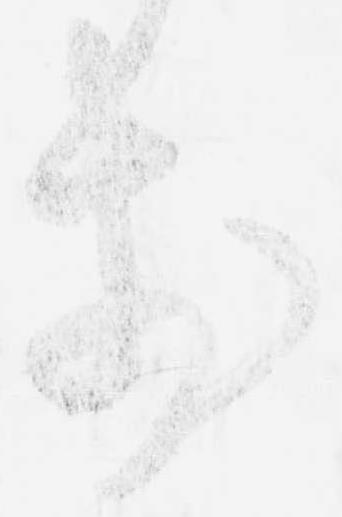
前